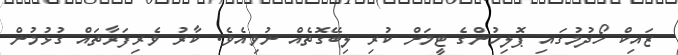
ޒައިކް ހޯދުމުގައި ޕޮލިހުންގެ ޓީމަށް ކުރި ލިބޭގޮތެއް ނުވިއެވެ. ކާރު ވެރިފަރާތައް ގުޅުމުން